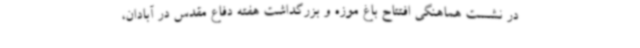
در نشست هماهنگی افتتاح باغ موزه و بزرگداشت هفته دفاع مقدس در آبادان،